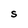
Character: S